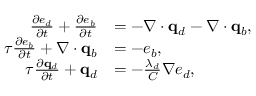
\begin{array} { r l } { \frac { \partial e _ { d } } { \partial t } + \frac { \partial e _ { b } } { \partial t } } & { = - \nabla \cdot \mathbf q _ { d } - \nabla \cdot \mathbf q _ { b } , } \\ { \tau \frac { \partial e _ { b } } { \partial t } + \nabla \cdot \mathbf q _ { b } } & { = - e _ { b } , } \\ { \tau \frac { \partial \mathbf q _ { d } } { \partial t } + \mathbf q _ { d } } & { = - \frac { \lambda _ { d } } { C } \nabla e _ { d } , } \end{array}